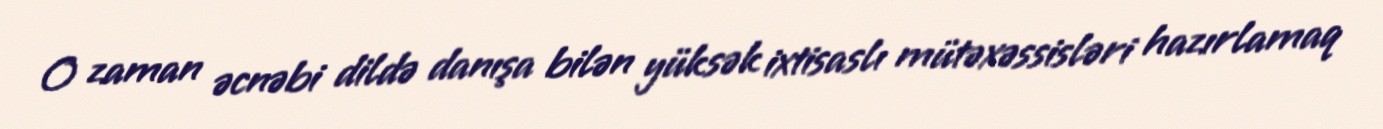
O zaman əcnəbi dildə danışa bilən yüksək ixtisaslı mütəxəssisləri hazırlamaq